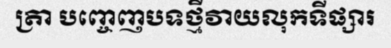
ត្រា បញ្ចេញបទថ្មីវាយលុកទីផ្សារ